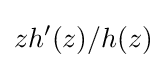
zh^{\prime }(z)/h(z)